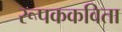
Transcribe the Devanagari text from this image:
रूपककविता